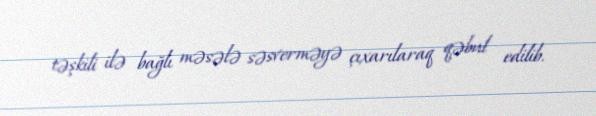
təşkili ilə bağlı məsələ səsverməyə çıxarılaraq qəbul edilib.